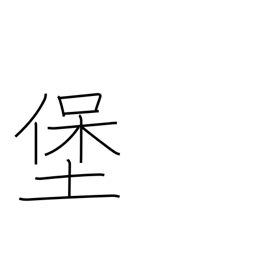
Meaning: fort